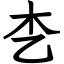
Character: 朰